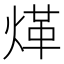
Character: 煂